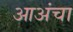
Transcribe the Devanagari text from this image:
आअंचा